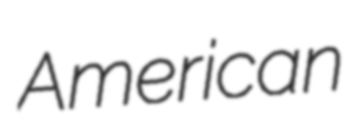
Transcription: American